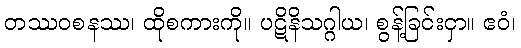
တဿဝစနဿ၊ ထိုစကားကို။ ပဋိနိသဂ္ဂါယ၊ စွန့်ခြင်းငှာ။ ဧဝံ၊